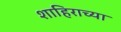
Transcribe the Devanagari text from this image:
शाहिराच्या